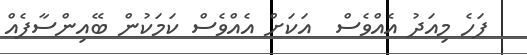
ފަހެ މިއަދު އެއްވެސް  އަކަށް އެއްވެސް ކަމަކުން ބޭއިންސާފެއް